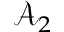
\mathbf { \mathcal { A } } _ { 2 }